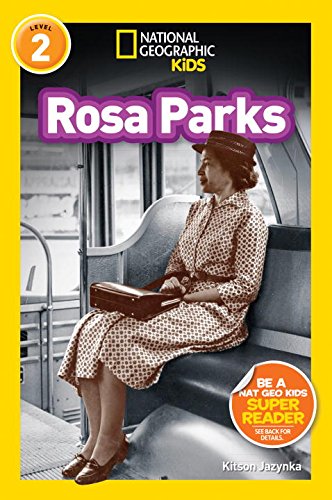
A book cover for National Geographic Readers: Rosa Parks (Readers Bios); Kitson Jazynka; Children's Books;